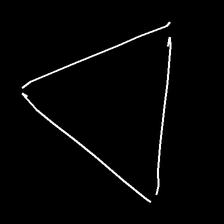
Glyph: convergence